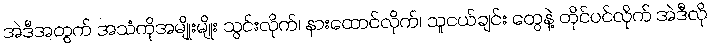
အဲဒီအတွက် အသံကိုအမျိုးမျိုး သွင်းလိုက်၊ နားထောင်လိုက်၊ သူငယ်ချင်း တွေနဲ့ တိုင်ပင်လိုက် အဲဒီလို